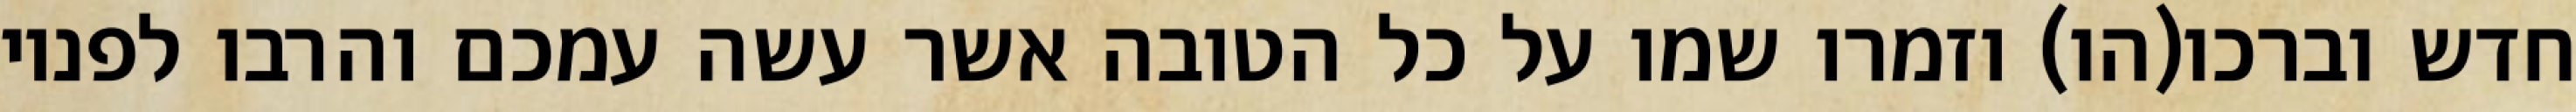
חדש וברכו(הו) וזמרו שמו על כל הטובה אשר עשה עמכם והרבו לפניו